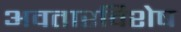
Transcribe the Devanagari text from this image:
अवतारविशेष